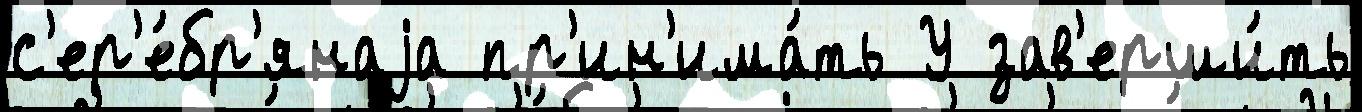
с'ер'е́бр'янаjа пр'ин'има́ть У зав'ерши́ть